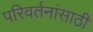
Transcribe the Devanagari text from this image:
परिवर्तनांसाठी